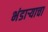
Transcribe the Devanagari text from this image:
भंडार्‍याचा